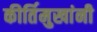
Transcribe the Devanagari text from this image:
कीर्तिमुखांनी